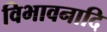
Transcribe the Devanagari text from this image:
विभावनादि